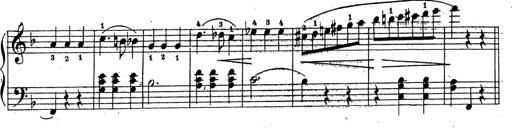
Title: 10 Sonatinas
Composer: Fritz Spindler